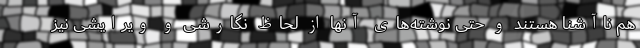
هم ناآشنا هستند و حتی نوشته‌های آنها از لحاظ نگارشی و ویرایشی نیز